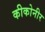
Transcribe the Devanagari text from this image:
कीकोनीर